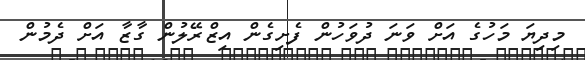
މިދިޔަ މަހުގެ އަށް ވަނަ ދުވަހުން ފެށިގެން އިޒްރޭލުން ގާޒާ އަށް ދެމުން